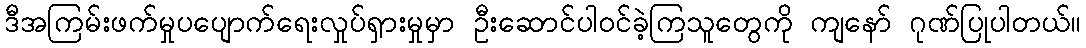
ဒီအကြမ်းဖက်မှုပပျောက်ရေးလှုပ်ရှားမှုမှာ ဦးဆောင်ပါဝင်ခဲ့ကြသူတွေကို ကျနော် ဂုဏ်ပြုပါတယ်။